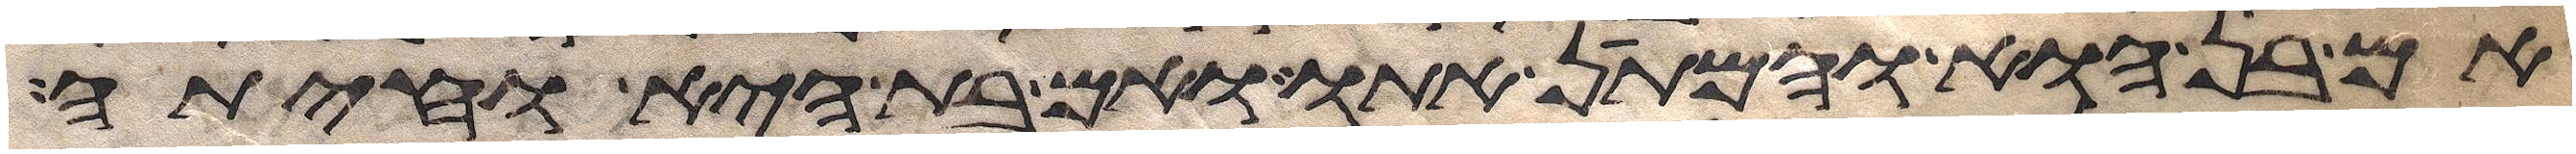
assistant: אם בן הוא והמתן אתו ואם בת היא וחיתה